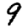
Digit: 9